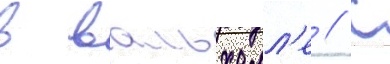
в вальхалл'е // С